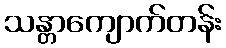
သန္တာကျောက်တန်း